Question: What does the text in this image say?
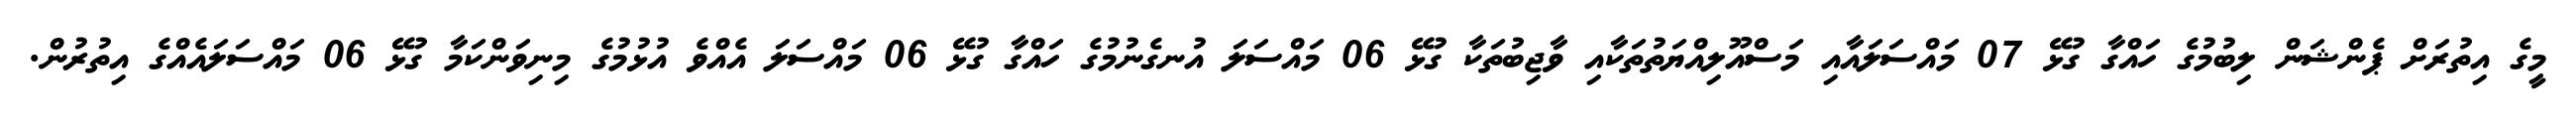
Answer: މީގެ އިތުރަށް ޕެންޝަން ލިބުމުގެ ހައްގާ ގުޅޭ 07 މައްސަލައާއި މަސްއޫލިއްޔަތުތަކާއި ވާޖިބުތަކާ ގުޅޭ 06 މައްސަލަ އުނގެނުމުގެ ހައްގާ ގުޅޭ 06 މައްސަލަ އެއްވެ އުޅުމުގެ މިނިވަންކަމާ ގުޅޭ 06 މައްސަލައެއްގެ އިތުރުން.